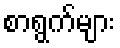
စာရွက်များ